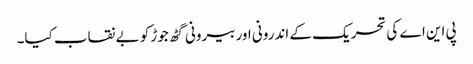
پی این اے کی تحریک کے اندرونی اور بیرونی گٹھ جوڑ کو بے نقاب کیا۔